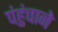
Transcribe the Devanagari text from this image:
पंहुंचाने